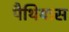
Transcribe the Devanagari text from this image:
पैथियास